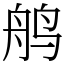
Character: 鸼